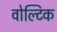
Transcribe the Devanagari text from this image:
वोल्टिक